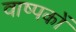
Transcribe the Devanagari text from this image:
वाष्पकों